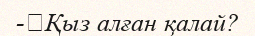
-	Қыз алған қалай?